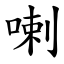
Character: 喇